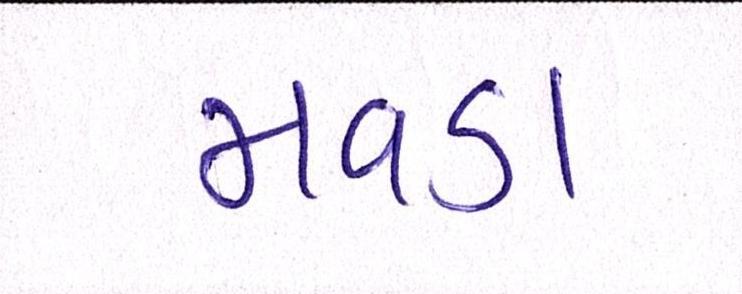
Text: મવડા